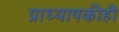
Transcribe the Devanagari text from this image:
प्राध्यापकीही